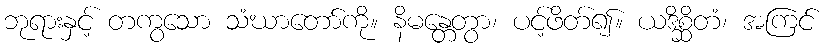
ဘုရားနှင့် တကွသော သံဃာတော်ကို။ နိမန္တေတွာ၊ ပင့်ဖိတ်၍။ ယဒိစ္ဆိတံ၊ အကြင်